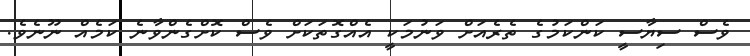
ވެސް ސިޔާސީ ކަންކަމުގެ ތެރެއަށް ވަނުމަކީ އެއްގޮތަކަށް ވެސް ކޮށްގެންވާނެ ކަމެއް ނޫނެވެ.